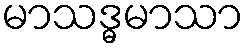
မာသဒ္ဓမာသာ